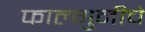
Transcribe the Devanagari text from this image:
फाल्गुनीचे